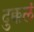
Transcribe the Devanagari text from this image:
दुक्कलं